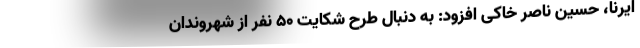
ایرنا، حسین ناصر خاکی افزود: به دنبال طرح شکایت ۵۰ نفر از شهروندان